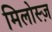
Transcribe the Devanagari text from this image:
मिलोस्ज़